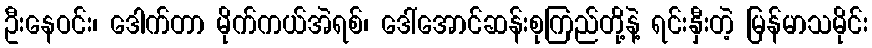
ဦးနေဝင်း၊ ဒေါက်တာ မိုက်ကယ်အဲရစ်၊ ဒေါ်အောင်ဆန်းစုကြည်တို့နဲ့ ရင်းနှီးတဲ့ မြန်မာသမိုင်း